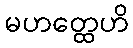
မဟတ္ထေဟိ